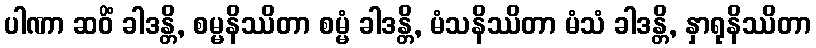
ပါဏာ ဆဝိံ ခါဒန္တိ, စမ္မနိဿိတာ စမ္မံ ခါဒန္တိ, မံသနိဿိတာ မံသံ ခါဒန္တိ, နှာရုနိဿိတာ